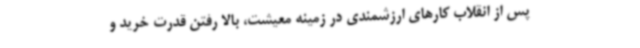
پس از انقلاب کارهای ارزشمندی در زمینه معیشت، بالا رفتن قدرت خرید و